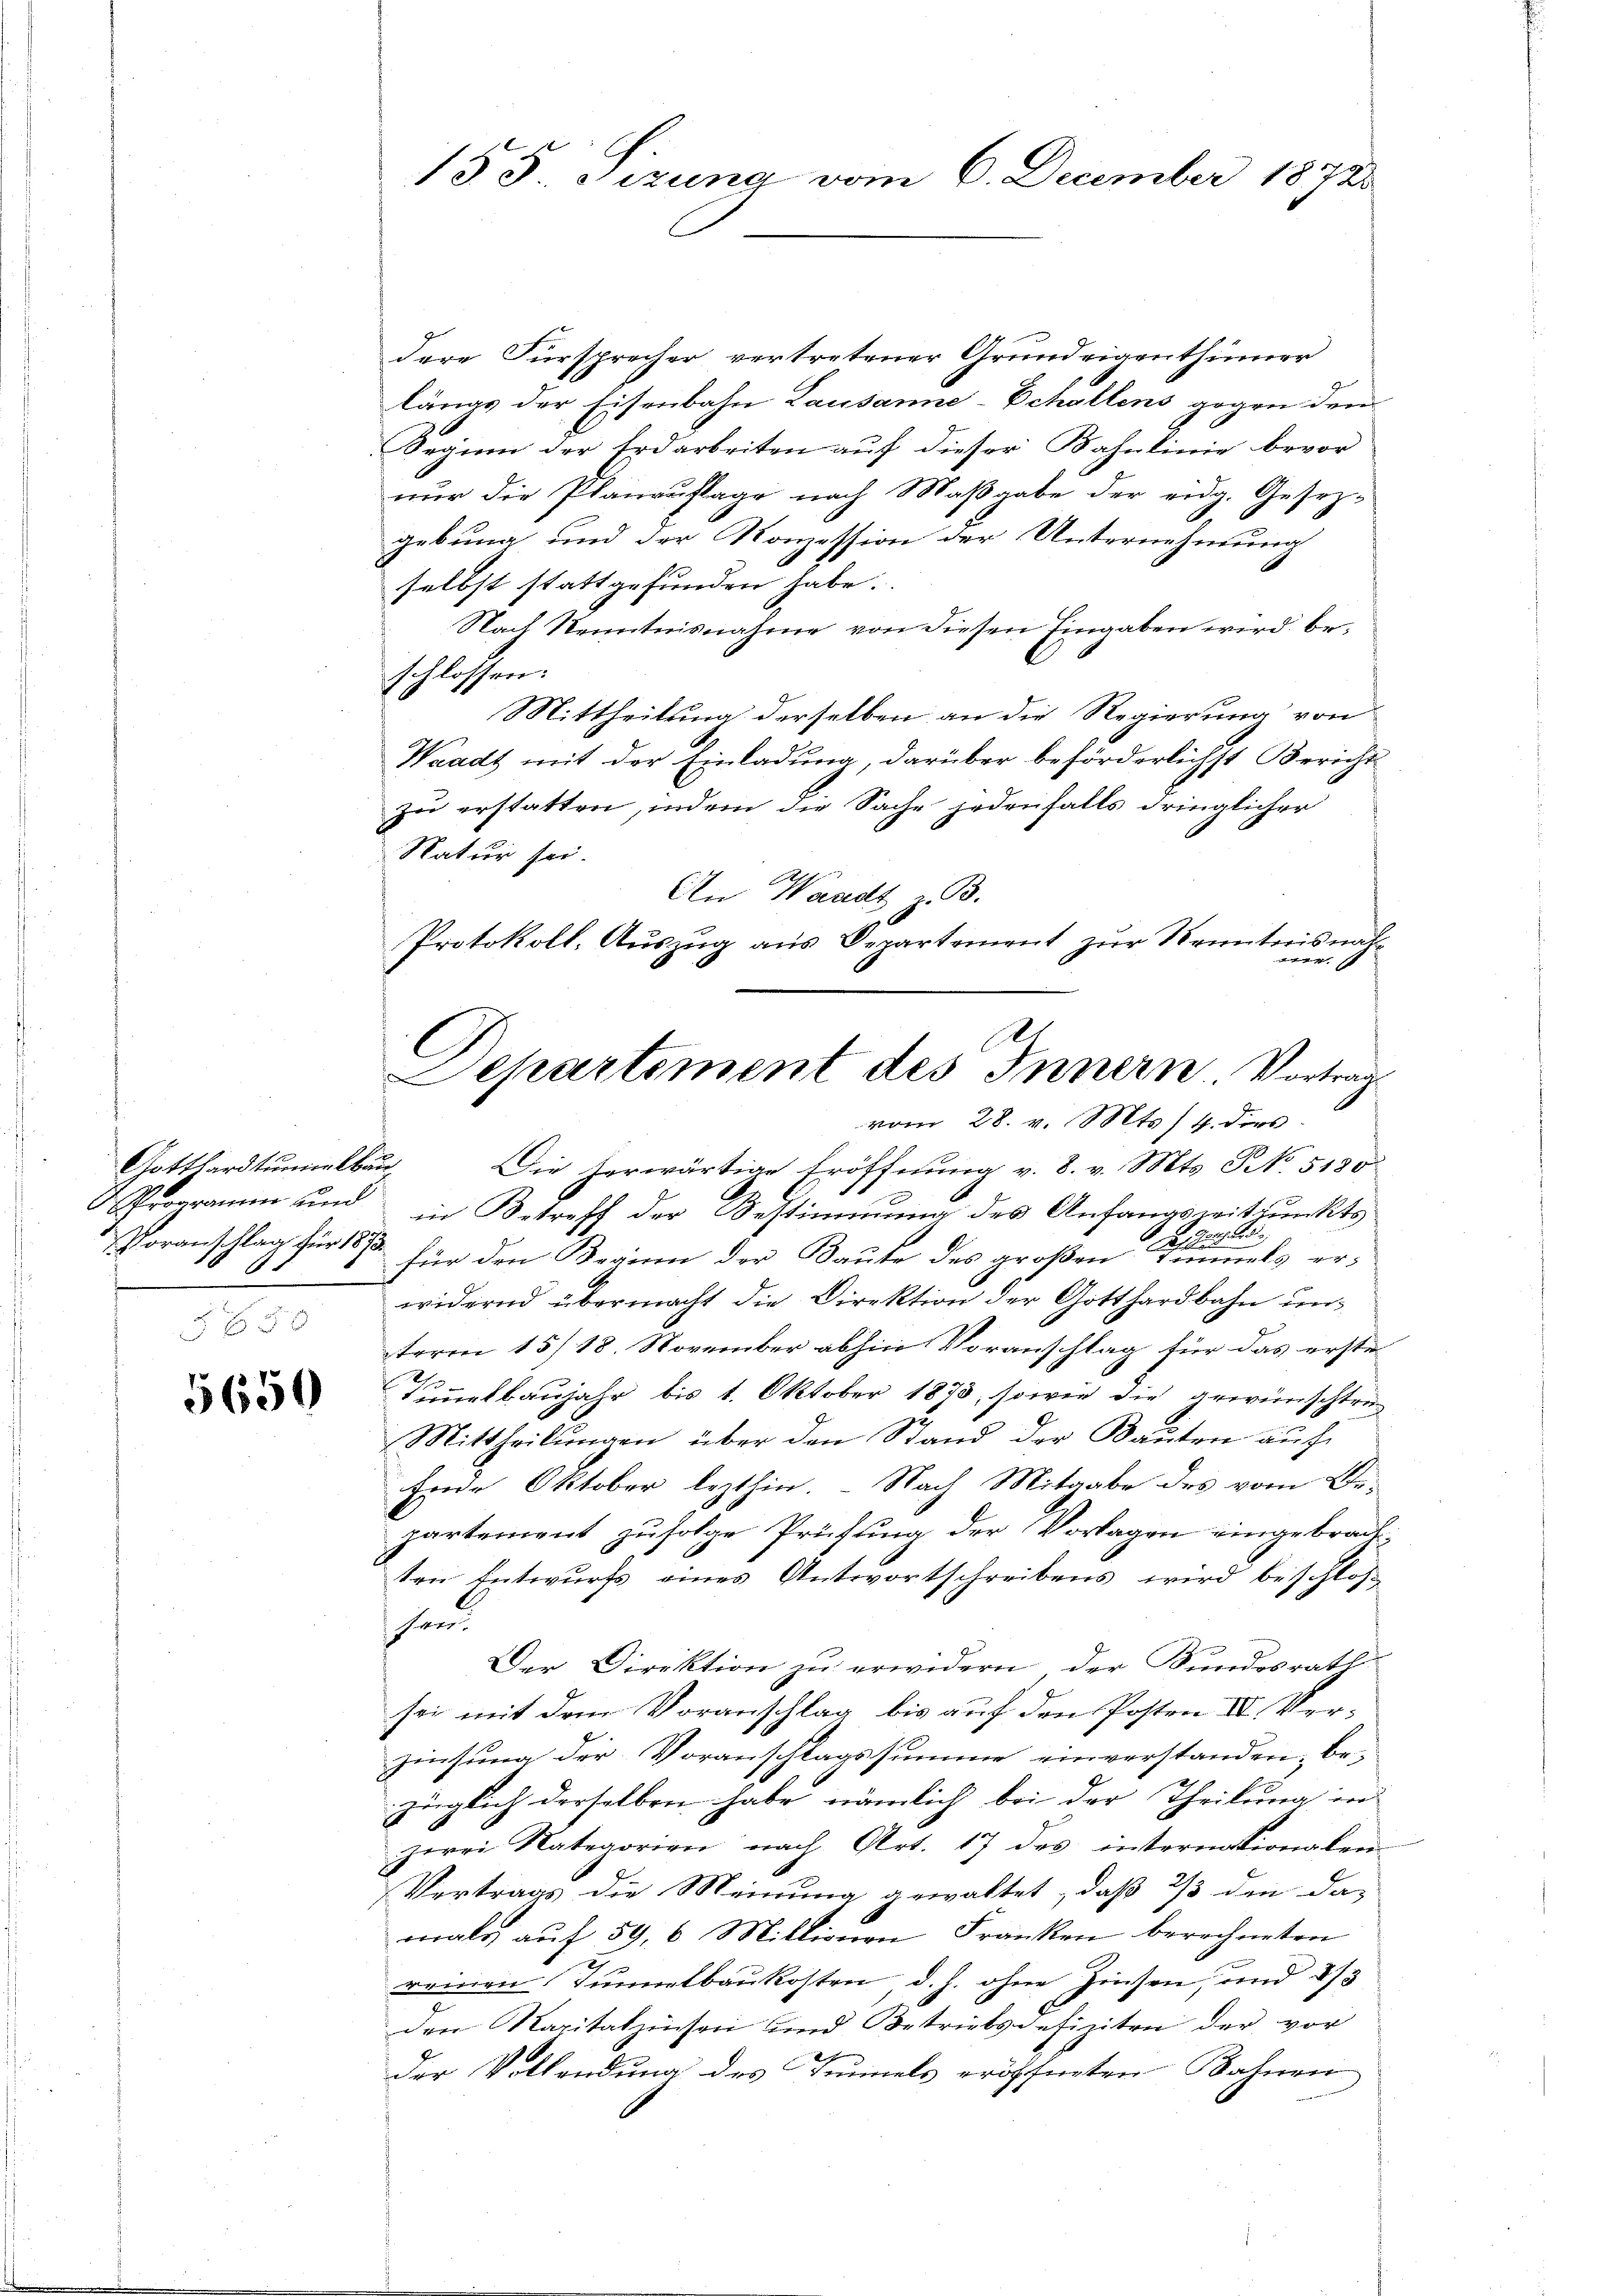
Gotthardtummkbäu¬
Programm und

5650

155 Pizuna vom 6. December 1872

dere Fürsprecher vertretener Grundeigenthümer
längs der Eisenbahn Lausanne-Echallens gegen den
Seginn der Erdarbeiten auf dieser Bahnlinie bevor
nur die Planauflage nach Maßgabe der eidg. Gesezgebung und der Konzession der Unternehmung
selbst stattgefunden habe.
Nach Kenntnisnahme von diesen Eingaben wird be¬
.
schlossen:
Mittheilung derselben an die Regierung von
Waadt mit der Einladung, darüber beförderlichst Bericht
zu erstatten, indem die Sache jedenfalls dringlicher
Natur sei.
An Waadt z. B.
Protokoll. Auszug aus Departement zŭr Kenntnis nat

Die herwärtige Eröffnŭng v. 8. v. Mts. 9 No 5120
in Betreff der Bestimmung des Anfangswitpunkts
Gassel
Voranschlag für 188 für den Reginn der Baute des großen Tunnels erwidernd übermacht die Direktion der Gotthardbahn unterm 15/18. November abhin Voranschlag für das erste¬
Tummelbaujahr bis 1. Oktober 1873, sowie die gewünschtru
Mittheilungen über den Stand der Bauten auf
Ende Oktober lezthin. - Nach Mitgabe des vom Be-
partement zufolge Prüfung der Vorlagen eingebrach
ten Entwurfs eines Antwortschreibens wird beschloss
hund
Der Direktion zu erwidern, der Bundesrath
sei mit dem Voranschlag bis auf den Posten II. Verzinsung der Voranschlagssumme einverstanden, be-
züglich derselben habe nämlich bei der Theilung in
zwei Nategorien nach Art. 17 des internationalen
Vortrags die Meinung gewaltet, daß 2/3 den da-
mals auf 59, 6 Millionen Franken berechneten
reinen Tunnelbaukosten d. h. ohne Zinsen, und 273
den Kapitalzinsen und Betriebsdefiziten der vor
der Vollendung des Tunnels eröffneten Bahnen

2
l
Separtement des Innern. Vortrag
vom 28. v. Mts. 4. ders